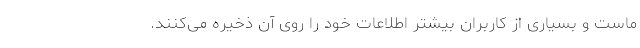
ماست و بسیاری از کاربران بیشتر اطلاعات خود را روی آن ذخیره می‌کنند.